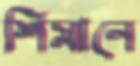
শিমানে